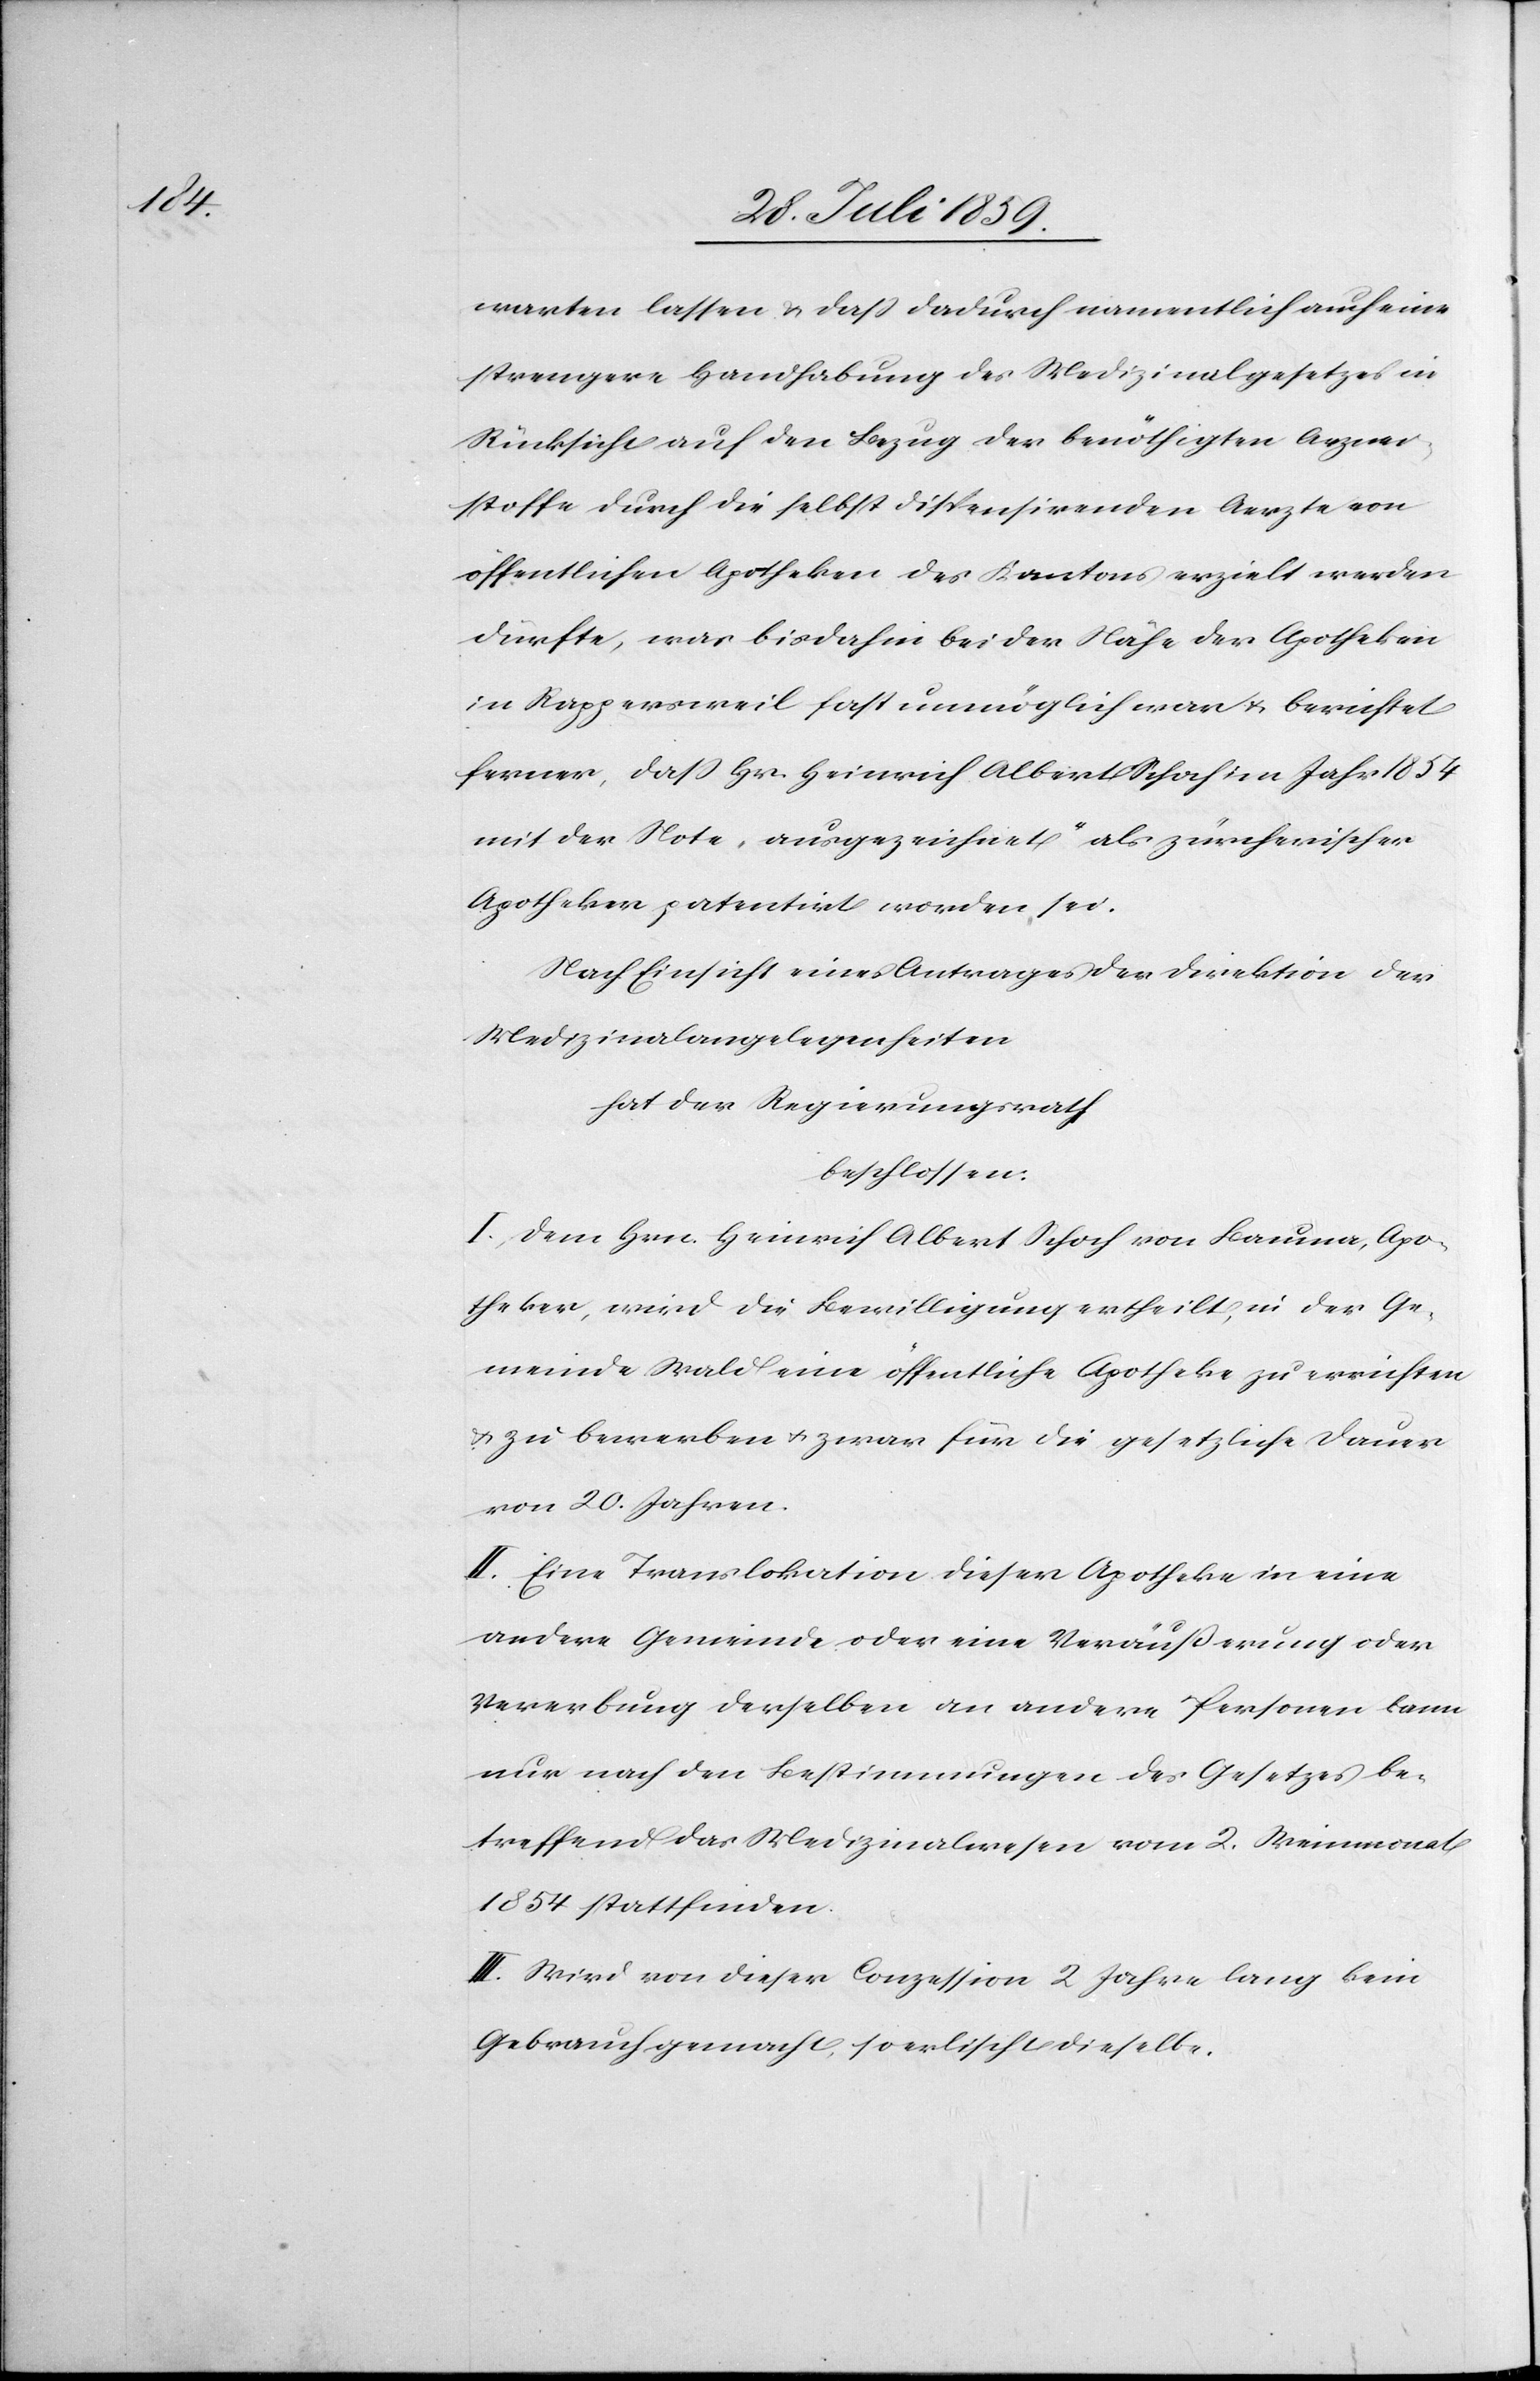
warten lassen u. daß dadurch namentlich auch eine
strengere Handhabung des Medizinalgesetzes in
Rücksicht auf den Bezug der benöthigten Arznei¬
stoffe durch die selbst dispensirenden Aerzte von
öffentlichen Apotheken des Kantons erzielt werden
dürfte, was bisdahin bei der Nähe der Apotheken
in Rappersweil fast unmöglich war u. berichtet
ferner, daß Hr. Heinrich Albert Schoch im Jahr 1854
mit der Note „ausgezeichnet“ als zürcherischer
Apotheker patentirt worden sei.
Nach Einsicht eines Antrages der Direktion der
Medizinalangelegenheiten
hat der Regierungsrath
beschlossen:
I. Dem Hrn. Heinrich Albert Schoch von Bauma, Apo¬
theker, wird die Bewilligung ertheilt, in der Ge¬
meinde Wald eine öffentliche Apotheke zu errichten
u. zu bewerben u. zwar für die gesetzliche Dauer
von 20. Jahren.
II. Eine Translokation dieser Apotheke in eine
andere Gemeinde oder eine Veräußerung oder
Vererbung derselben an andere Personen kann
nur nach den Bestimmungen des Gesetzes be¬
treffend das Medizinalwesen vom 2. Weinmonat
1854 stattfinden.
III. Wird von dieser Conzession 2. Jahre lang kein
Gebrauch gemacht, so erlischt dieselbe.